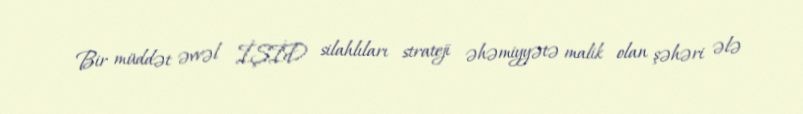
Bir müddət əvvəl İŞİD silahlıları strateji əhəmiyyətə malik olan şəhəri ələ